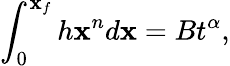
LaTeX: \int_{0}^{\mathbf{x}_{f}}h\mathbf{x}^{n}d\mathbf{x}=Bt^{\alpha},